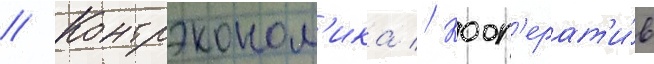
// Контрэконом'ика // Кооп'ерат'и́в